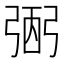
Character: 弻